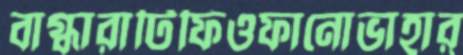
বাগ্ধারাটিফিওফানোভাহার্